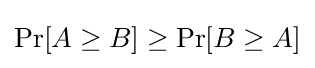
\Pr[A\geq B]\geq \Pr[B\geq A]